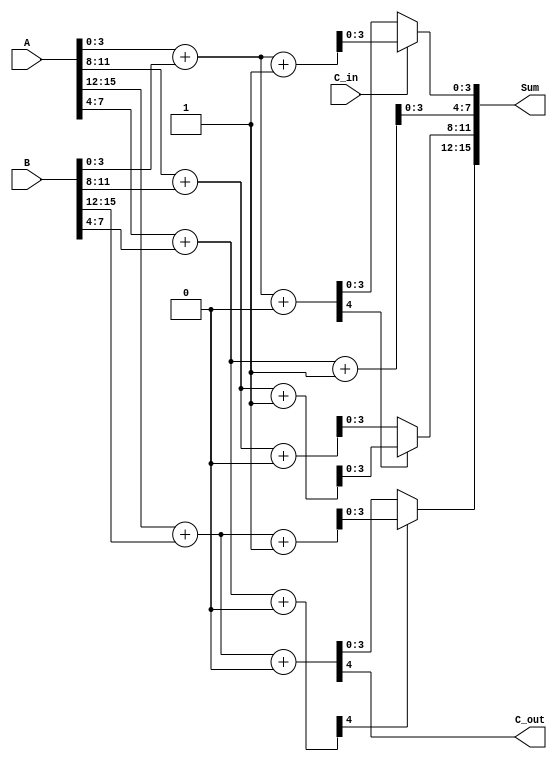
module HybridCarrySelectAdder (
    input [15:0] A,        // First 16-bit input
    input [15:0] B,        // Second 16-bit input
    input C_in,            // Carry input
    output [15:0] Sum,     // 16-bit sum output
    output C_out           // Carry output
);

    // Internal signals
    wire [3:0] sum0 [3:0]; // Sums when C_in = 0 for each segment
    wire [3:0] sum1 [3:0]; // Sums when C_in = 1 for each segment
    wire C_out_segment [3:0]; // Carry out for each segment
    wire C_select [3:0]; // Carry select for each segment

    // Generate the 4-bit adders for each segment
    genvar i;
    generate
        for (i = 0; i < 4; i = i + 1) begin : segment
            wire [3:0] A_segment = A[(i+1)*4-1 -: 4]; // 4 bits from A
            wire [3:0] B_segment = B[(i+1)*4-1 -: 4]; // 4 bits from B

            // Adders for C_in = 0
            assign {C_out_segment[i], sum0[i]} = A_segment + B_segment + 0;

            // Adders for C_in = 1
            assign {C_out_segment[i], sum1[i]} = A_segment + B_segment + 1;

            // Select the appropriate sum based on the carry from the previous segment
            if (i == 0) begin
                assign Sum[(i+1)*4-1 -: 4] = (C_in == 1'b0) ? sum0[i] : sum1[i];
                assign C_select[i] = C_in; // For the first segment, use the external C_in
            end else begin
                assign Sum[(i+1)*4-1 -: 4] = (C_select[i-1] == 1'b0) ? sum0[i] : sum1[i];
            end

            // Carry selection logic
            assign C_select[i] = C_out_segment[i-1];
        end
    endgenerate

    // Final carry out
    assign C_out = C_out_segment[3];

endmodule